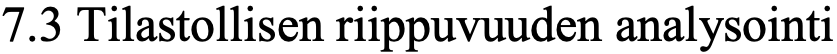
7.3 Tilastollisen riippuvuuden analysointi